Annual statistical returns and brief notes on vaccination in Bengal - 1896-1909
Year: 1896
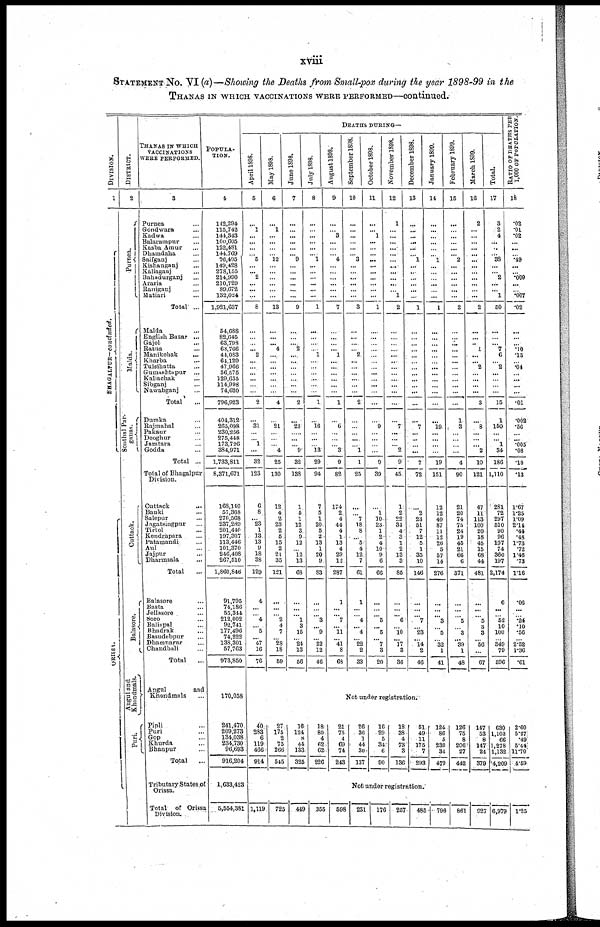
xviii
STATEMENT No. VI(a)—Showing the Deaths from Small-pox during the year 1898-99 in the
THANAS IN WHICH VACCINATIONS WERE PERFORMED—continued.
DIVISION.
1
BHAGALPUR—concluded.
ORISSA.
DISTRICT.
2
Purnea.
Malda.
Sonthal Par-
ganas.
Cuttack.
Balasore.
Angul and
Khondmals.
Puri.
THANAS IN WHICH
VACCINATIONS
WERE PERFORMED.
3
Purnea ...
Gondwara ...
Kadwa ...
Balarampur ...
Kasba Amur ...
Dhamdaha ...
Saifganj ...
Kisnanganj ...
Kaliaganj ...
Bahadurganj ...
Araria ...
Raniganj ...
Matiari ...
Total ...
Malda ...
English Bazar ...
Gajol ...
Ratua ...
Manikchak ...
Kharba ...
Tulsihatta ...
Gumashtapur ...
Kaliachak ...
Sibganj ...
Nawabganj ...
Total ...
Dumka ...
Rajmahal ...
Pakaur ...
Deoghur ...
Jamtara ...
Godda ...
Total ...
Total of Bhagalpur
Division.
Cuttack
...
Banki ...
Salepur ...
Jagatsingpur ...
Tirtol ...
Kendrapara ...
Patamandi ...
Aul ...
Jajpur ...
Dharmsala ...
Total ...
Balasore ...
Basta ...
Jellasore ...
Soro ...
Baliapal ...
Bhadrak ...
Basudebpur ...
Dhamnagar ...
Chandbali ...
Total ...
Angul
and
Khondmals ...
Pipli ...
Puri ...
Gop ...
Khurda ...
Bhanpur ...
Total
...
Tributary States of
Orissa.
Total
of Orissa
Division.
POPULA-
TION.
4
142,294
115,742
144,343
100,605
122,481
144,769
76,405
149,428
278,155
214,990
210,729
89,672
132,024
1,921,637
54,688
82,645
63,798
60,766
44,083
64,129
47,966
56,575
129,655
114,998
74,620
796,923
404,312
265,098
230,256
275,448
173,726
384,971
1,733,811
8,371,671
168,140
57,368
270,568
237,289
201,440
197,307
113,446
101,370
246,408
267,510
1,860,846
91,795
74,186
55,344
212,002
92,741
177,496
74,222
138,301
57,763
973,850
170,058
241,470
209,273
134,038
234,730
96,693
916,204
1,633,423
5,554,381
DEATHS DURING—
April 1898.
5
...
1
...
...
...
...
5
...
...
2
...
...
...
8
...
...
...
... 2
...
...
...
...
...
...
2
...
31
...
...
1
...
32
123
6
8
... 23
1
13
13
9
18
38
129
4
...
...
4
...
5
... 47
16
76
May 1898.
6
...
1
...
...
...
...
12
...
...
...
...
...
...
13
...
...
... 4
...
...
...
...
...
...
...
4
...
21
...
...
...
4
25
130
12
4
2
23
2
5
15
2
21
35
121
...
...
...
2
4
7
...
28
18
59
June 1898.
7
...
...
...
...
...
...
9
...
...
...
...
...
...
9
...
...
...
2
...
...
...
...
...
...
...
2
...
23
...
...
...
9
32
138
1
5
1
12
3
9
12
...
12
13
68
...
...
...
1
3
15
...
24
13
56
July 1898.
8
...
...
...
...
...
...
1
...
...
...
...
...
...
1
...
...
...
...
1
...
...
...
...
...
...
1
...
16
...
...
...
13
29
94
7
5
1
20
5
2
13
1
20
9
83
...
...
...
3
...
9
...
22
12
46
August 1898.
9
...
...
3
...
...
...
4
...
...
...
...
...
...
7
...
...
...
... 1
...
...
...
...
...
...
1
...
6
...
...
...
3
9
82
174
2
4
44
4
1
13
4
29
13
287
1
...
... 7
...
11
...
41
8
68
September 1898.
10
...
...
...
...
...
...
3
...
...
...
...
...
...
3
...
...
...
...
2
...
...
...
...
...
...
2
...
...
...
....
...
1
1
25
...
...
7
18
8
...
5
4
12
7
61
1
...
...
4
...
4
...
22
2
33
October 1898.
11
...
... 1
...
...
...
...
...
...
...
...
...
...
1
...
...
...
...
...
...
...
...
...
...
...
...
...
9
...
...
...
...
9
39
...
1
10
23
1
2
4
10
9
6
66
...
...
...
5
...
5
...
7
3
20
November 1898.
12
1
...
...
...
...
...
...
...
...
...
...
...
1
2
...
...
...
...
...
...
...
...
...
...
...
...
...
7
...
...
...
2
9
45
1
2
22
34
4
3
1
2
13
3
85
...
...
...
6
...
10
...
17
3
36
December 1898.
13
...
...
...
...
...
...
1
...
...
...
...
...
...
1
...
...
...
...
...
...
...
...
...
...
...
...
...
7
...
...
...
...
7
72
...
2
23
51
7
12
5
1
35
10
146
...
...
...
7
...
23
...
14
2
46
January 1899.
14
...
...
...
...
...
...
1
...
...
...
...
...
...
1
...
...
...
...
...
...
...
...
...
...
...
...
...
19
...
...
...
...
19
151
12
12
40
87
11
12
26
5
57
14
276
...
...
...
3
...
5
...
32
1
41
February 1899.
15
...
...
...
...
...
... 2
...
...
...
...
...
...
2
...
...
...
...
...
...
...
...
...
...
...
...
1
3
...
...
...
...
4
90
21
20
74
75
24
19
45
21
66
6
371
...
...
...
...
...
3
...
39
1
48
March 1899.
16
2
...
...
...
...
...
...
...
...
...
...
...
...
2
...
...
... 1
...
... 2
...
...
...
...
3
...
8
...
...
... 2
10
121
47
11
113
100
20
18
45
15
68
44
481
...
...
...
...
3
3
...
56
...
67
Total.
17
3
2
4
... ...
...
38
...
...
2
...
... 1
50
...
...
... 7
6
...
2
...
...
...
...
15
1
150
...
...
1
34
186
1,110
281
72
297
510
90
96
197
74
360
197
2,174
6
...
...
52
10
100
...
349
79
596
RATIO OF DEATHS PER
1,000 OF POPULATION.
18
.02
.01
.02
...
...
...
.49
...
...
.009
...
...
.007
.02
...
...
...
.10
.13
...
.04
...
...
...
...
.01
.002
.56
...
... .005
.08
.10
.13
1.67
1.25
1.09
2.14
.44
.48
1.73
.72
1.46
.73
1.16
.06
...
...
.24
.10
.56
...
2.52
1.36
.61
Not under registration.
40
283
6
119
466
914
27
175
2
75
266
545
16
124
8
44
133
325
18
80
4
62
62
226
21
75
4
69
74
243
26
36
1
44
30
137
16
29
5
34
6
90
18
38
4
73
3
136
51
49
11
175
7
293
124
86
5
230
34
479
126
75
8
206
27
442
147
53
8
147
24
379
630
1,103
66
1,278
1,132
4,209
2.60
5.27
.49
5.44
11.70
4.59
Not under registration.
1,119
725
449
355
598
231
176 257
485
796
861
927 6,979 1.25